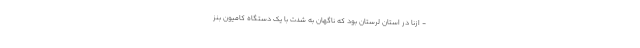
- ازنا در استان لرستان بود که ناگهان به شدت با یک دستگاه کامیون بنز